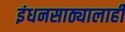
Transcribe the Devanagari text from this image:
इंधनसाठ्यालाही